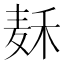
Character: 𱋌